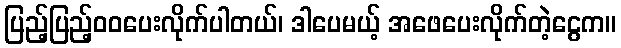
ပြည့်ပြည့်ဝဝပေးလိုက်ပါတယ်၊ ဒါပေမယ့် အဖေပေးလိုက်တဲ့ငွေက။